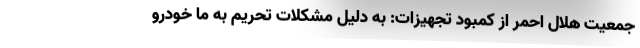
جمعیت هلال احمر از کمبود تجهیزات: به دلیل مشکلات تحریم به ما خودرو